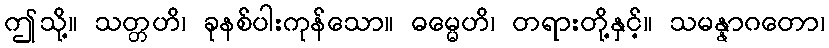
ဤသို့။ သတ္တဟိ၊ ခုနစ်ပါးကုန်သော။ ဓမ္မေဟိ၊ တရားတို့နှင့်။ သမန္နာဂတော၊